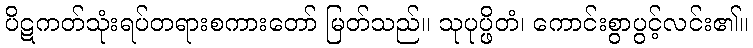
ပိဋကတ်သုံးရပ်တရားစကားတော် မြတ်သည်။ သုပုပ္ဖိတံ၊ ကောင်းစွာပွင့်လင်း၏။